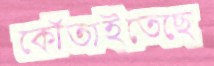
কোঁতাইতেছে